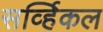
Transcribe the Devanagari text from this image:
सर्व्हिकल